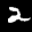
Label: 2